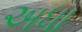
અધા